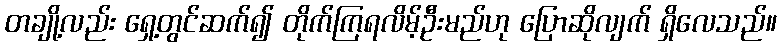
တချို့လည်း ရှေ့တွင်ဆက်၍ တိုက်ကြရလိမ့်ဦးမည်ဟု ပြောဆိုလျက် ရှိလေသည်။